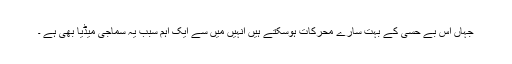
جہاں اس بے حسی کے بہت سارے محرکات ہوسکتے ہیں انہیں میں سے ایک اہم سبب یہ سماجی میڈیا بھی ہے ۔